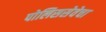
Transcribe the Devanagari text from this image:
पोलिससेवेचा